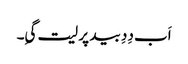
اَب دِدِ بید پر لیت گیِ۔